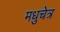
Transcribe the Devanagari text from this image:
मधुचेत्र